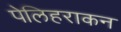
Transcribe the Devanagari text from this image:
पेलिहराकन